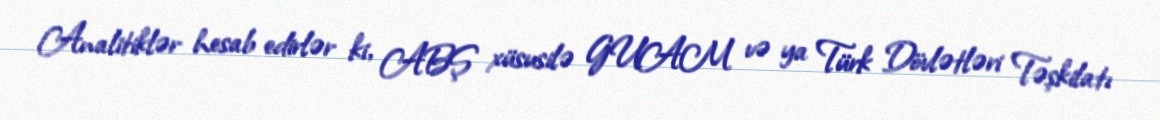
Analitiklər hesab edirlər ki, ABŞ xüsusilə GUAM və ya Türk Dövlətləri Təşkilatı